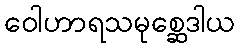
ဝေါဟာရသမုစ္ဆေဒါယ